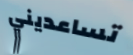
تساعديني